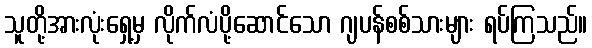
သူတို့အားလုံးရှေ့မှ လိုက်လံပို့ဆောင်သော ဂျပန်စစ်သားများ ရပ်ကြသည်။